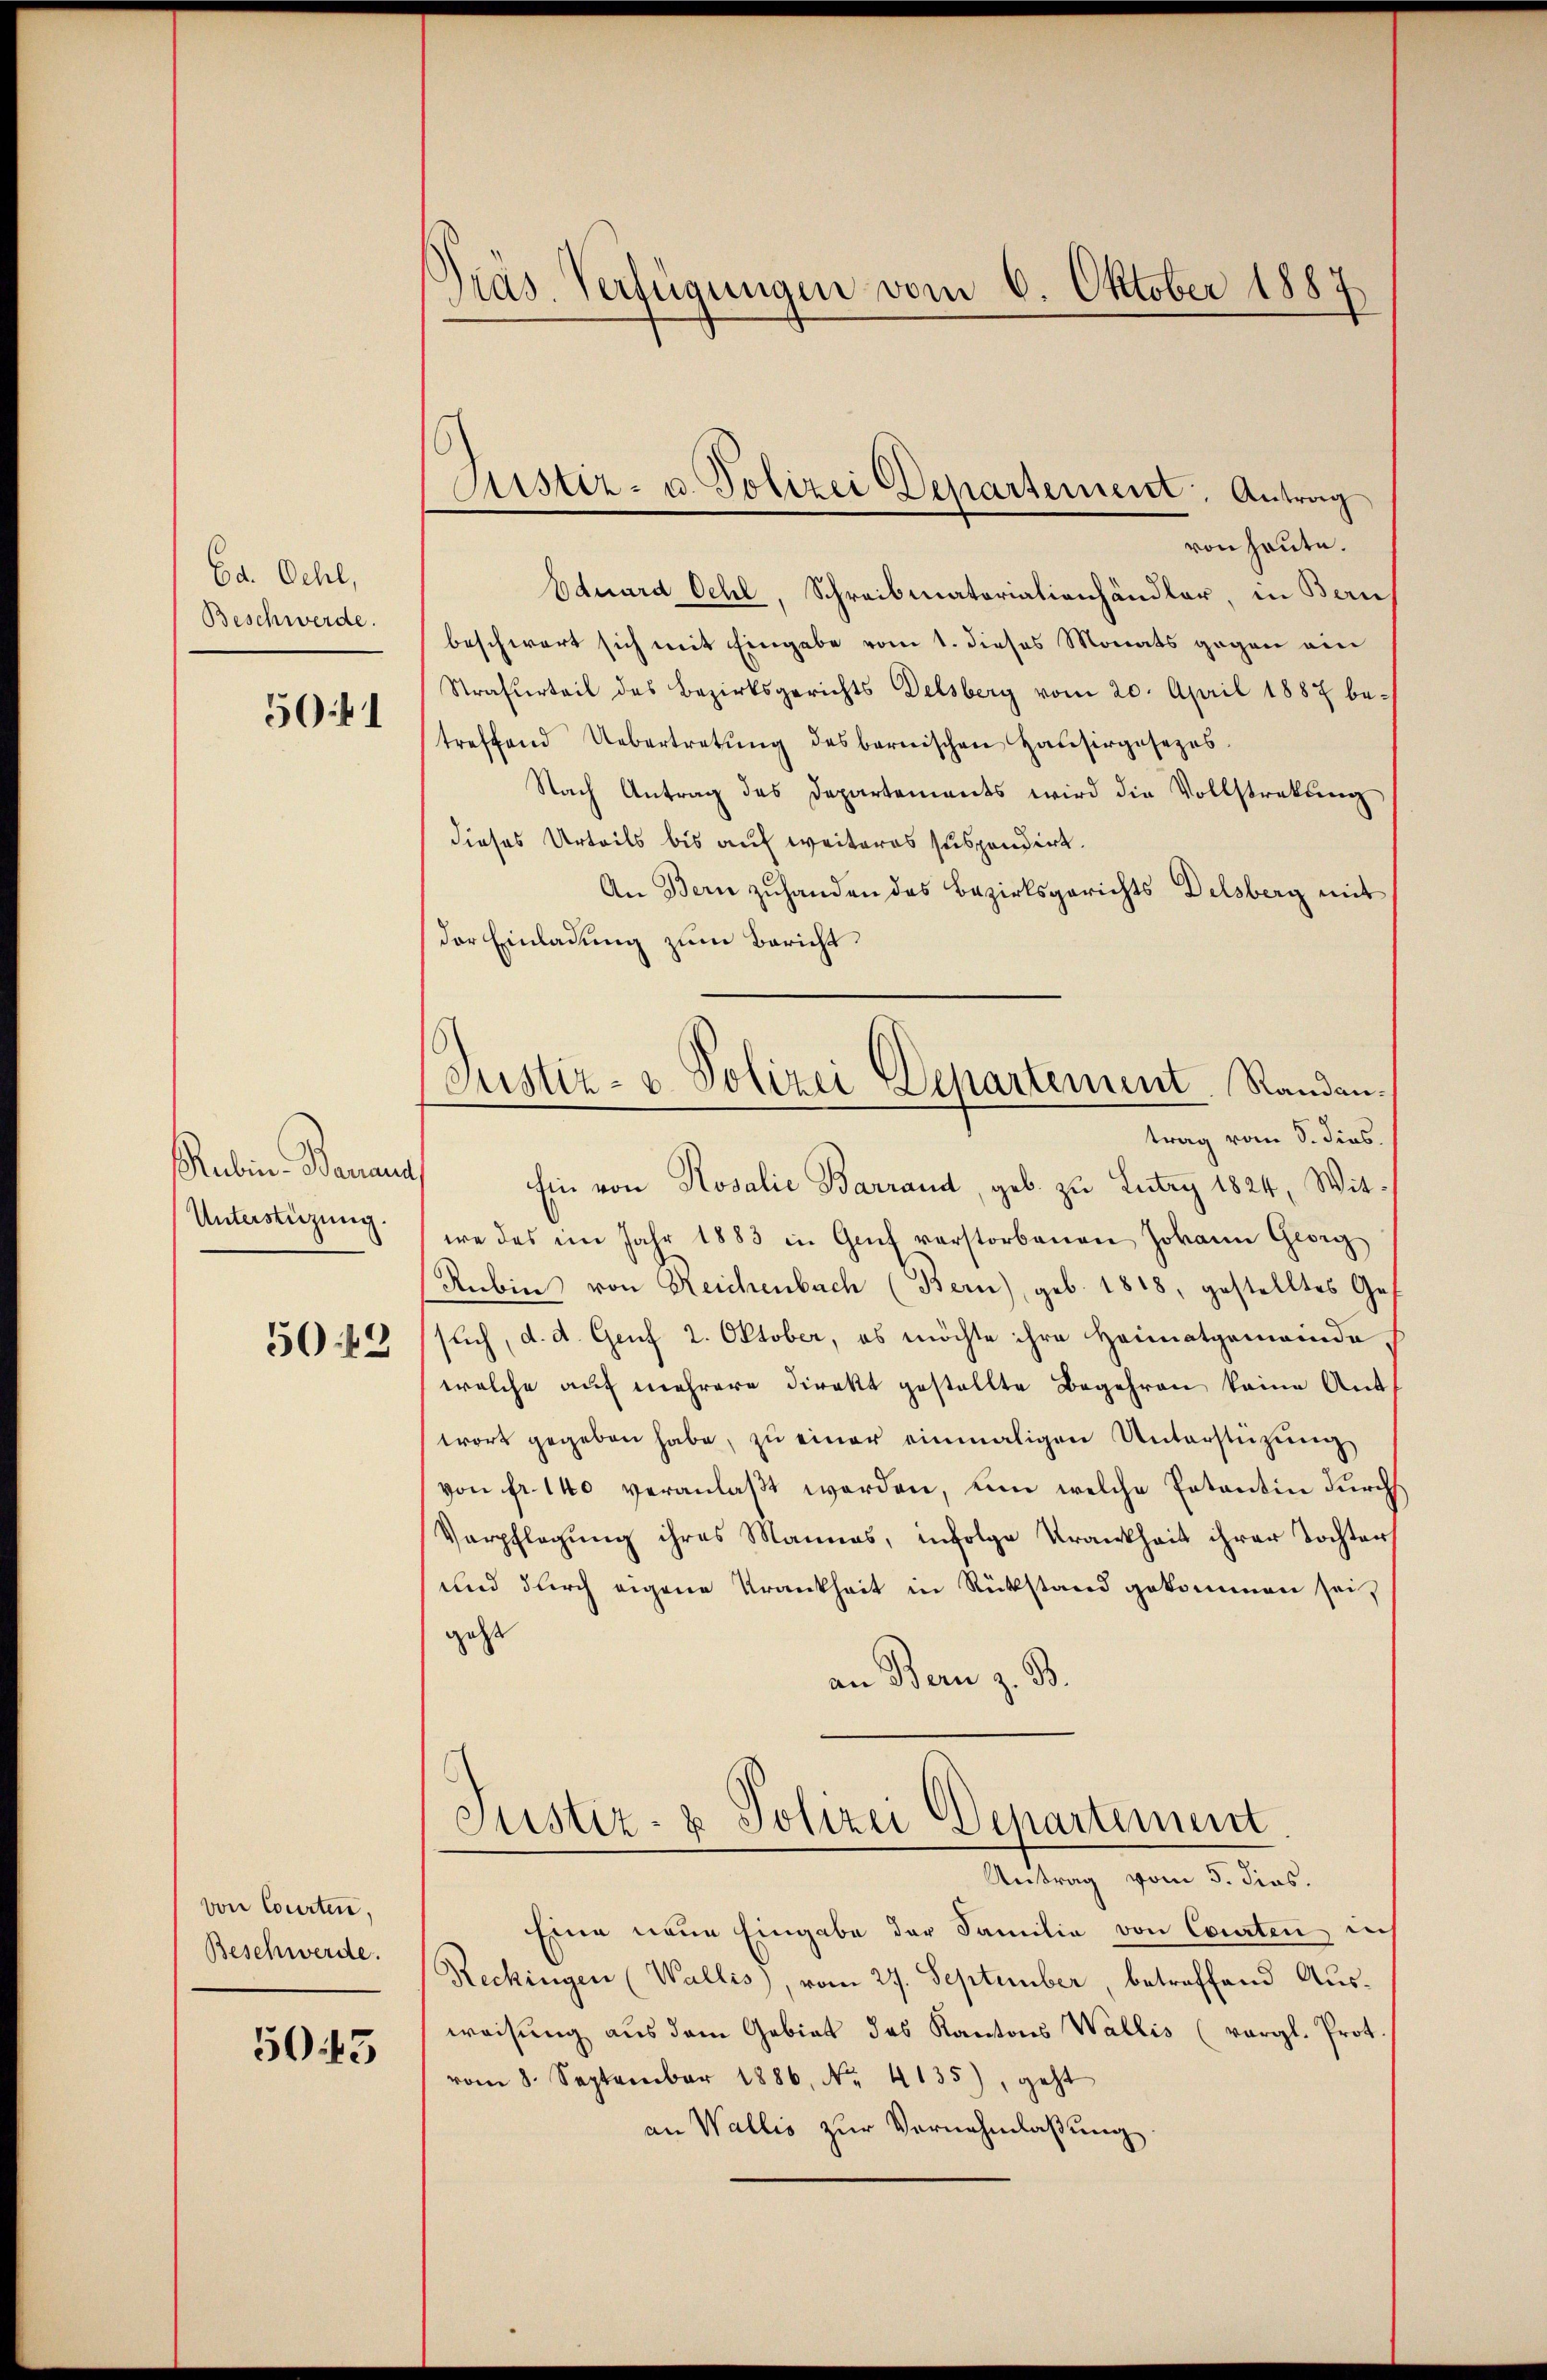
Ed. Oehl,
Beschwerde.
5041

Rubina Banaus
Unterstüzung.
50:49

von Courten,
Beschwerde.

5043

Präs. Verfügungen vom 6. Oktober 1887

Astiz- u. Polizei Departement. Antrag

von heute.
Eduard Oehl, Schreibmatorialienhändler, in Bern,
beschwert sich mit Eingabe vom 1. dieses Monats gegen ein
Straferteil des Bezirksgerichts Delsberg vom 20. April 1887 be-
treffend Uebertretung des bernischen Hausirgesezes
Nach Antrag des Departements wird die Vollstrekŭng
dieses Urteils bis auf weiteres suspendirt.
An Bern zuhanden das Bezirksgerichts Delsberg mit
der Einladung zum Bericht
Ein von Rosalie Barrand, geb. zu Lutry 1824, Witwe das im Jahr 1883 in Genf verstorbenen Johann Georg
Rubine von Reichenbach (Bern), geb. 1818, gestelltes Ge-
such, d. d. Genf 2. Oktober, es möchte ihre Heimatgemeinde.
welche auf mehrere Direkt gestellte Begehren keine Ant
wort gegeben habe, zŭ einer einmaligen Unterstützŭng
von fr. 140 veranlaßt werden, um welche Petentin durch
Verpflegŭng ihres Mannes, infolge Krankheit ihrer Tochter
und durch eigene Krankheit in Rükstand gekommen sei,
geht
an Bern z. B.
Justiz- & Polizei Departement
Antrag vom 5. dies.
Eine neue Eingabe der Familie von Courten, ich
Reckingen (Wallis), vom 27. September, betreffend Ausweisung aus dem Gebiet des Kantons Wallis (vergl. Prot.
vom 8. September 1886. No. 4135), geht
an Wallis zur Vernehmlassung

Justiz- & Polizei Departement. Randantrag vom 5. dies